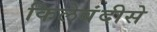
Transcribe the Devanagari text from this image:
किलेबंदीसे